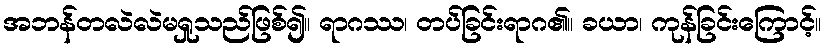
အဘန်တလဲလဲမရှုသည်ဖြစ်၍။ ရာဂဿ၊ တပ်ခြင်းရာဂ၏။ ခယာ၊ ကုန်ခြင်းကြောင့်။